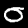
Label: 0